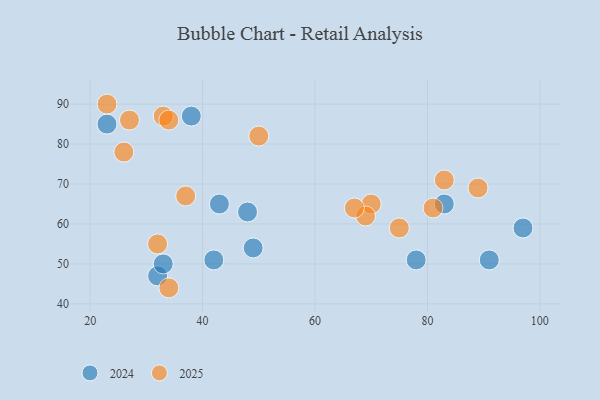
{"axis": {"x": "GDP", "y": "Life Expectancy"}, "legend": ["2024", "2025"], "data": [{"x": "43", "y": 65, "type": "2024"}, {"x": "49", "y": 54, "type": "2024"}, {"x": "38", "y": 87, "type": "2024"}, {"x": "32", "y": 47, "type": "2024"}, {"x": "83", "y": 65, "type": "2024"}, {"x": "23", "y": 85, "type": "2024"}, {"x": "42", "y": 51, "type": "2024"}, {"x": "78", "y": 51, "type": "2024"}, {"x": "33", "y": 50, "type": "2024"}, {"x": "97", "y": 59, "type": "2024"}, {"x": "91", "y": 51, "type": "2024"}, {"x": "48", "y": 63, "type": "2024"}, {"x": "33", "y": 87, "type": "2025"}, {"x": "83", "y": 71, "type": "2025"}, {"x": "27", "y": 86, "type": "2025"}, {"x": "32", "y": 55, "type": "2025"}, {"x": "81", "y": 64, "type": "2025"}, {"x": "70", "y": 65, "type": "2025"}, {"x": "34", "y": 86, "type": "2025"}, {"x": "69", "y": 62, "type": "2025"}, {"x": "34", "y": 44, "type": "2025"}, {"x": "37", "y": 67, "type": "2025"}, {"x": "75", "y": 59, "type": "2025"}, {"x": "26", "y": 78, "type": "2025"}, {"x": "67", "y": 64, "type": "2025"}, {"x": "50", "y": 82, "type": "2025"}, {"x": "23", "y": 90, "type": "2025"}, {"x": "89", "y": 69, "type": "2025"}]}